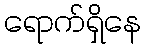
ရောက်ရှိနေ